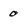
Character: 0